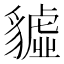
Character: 𧴆